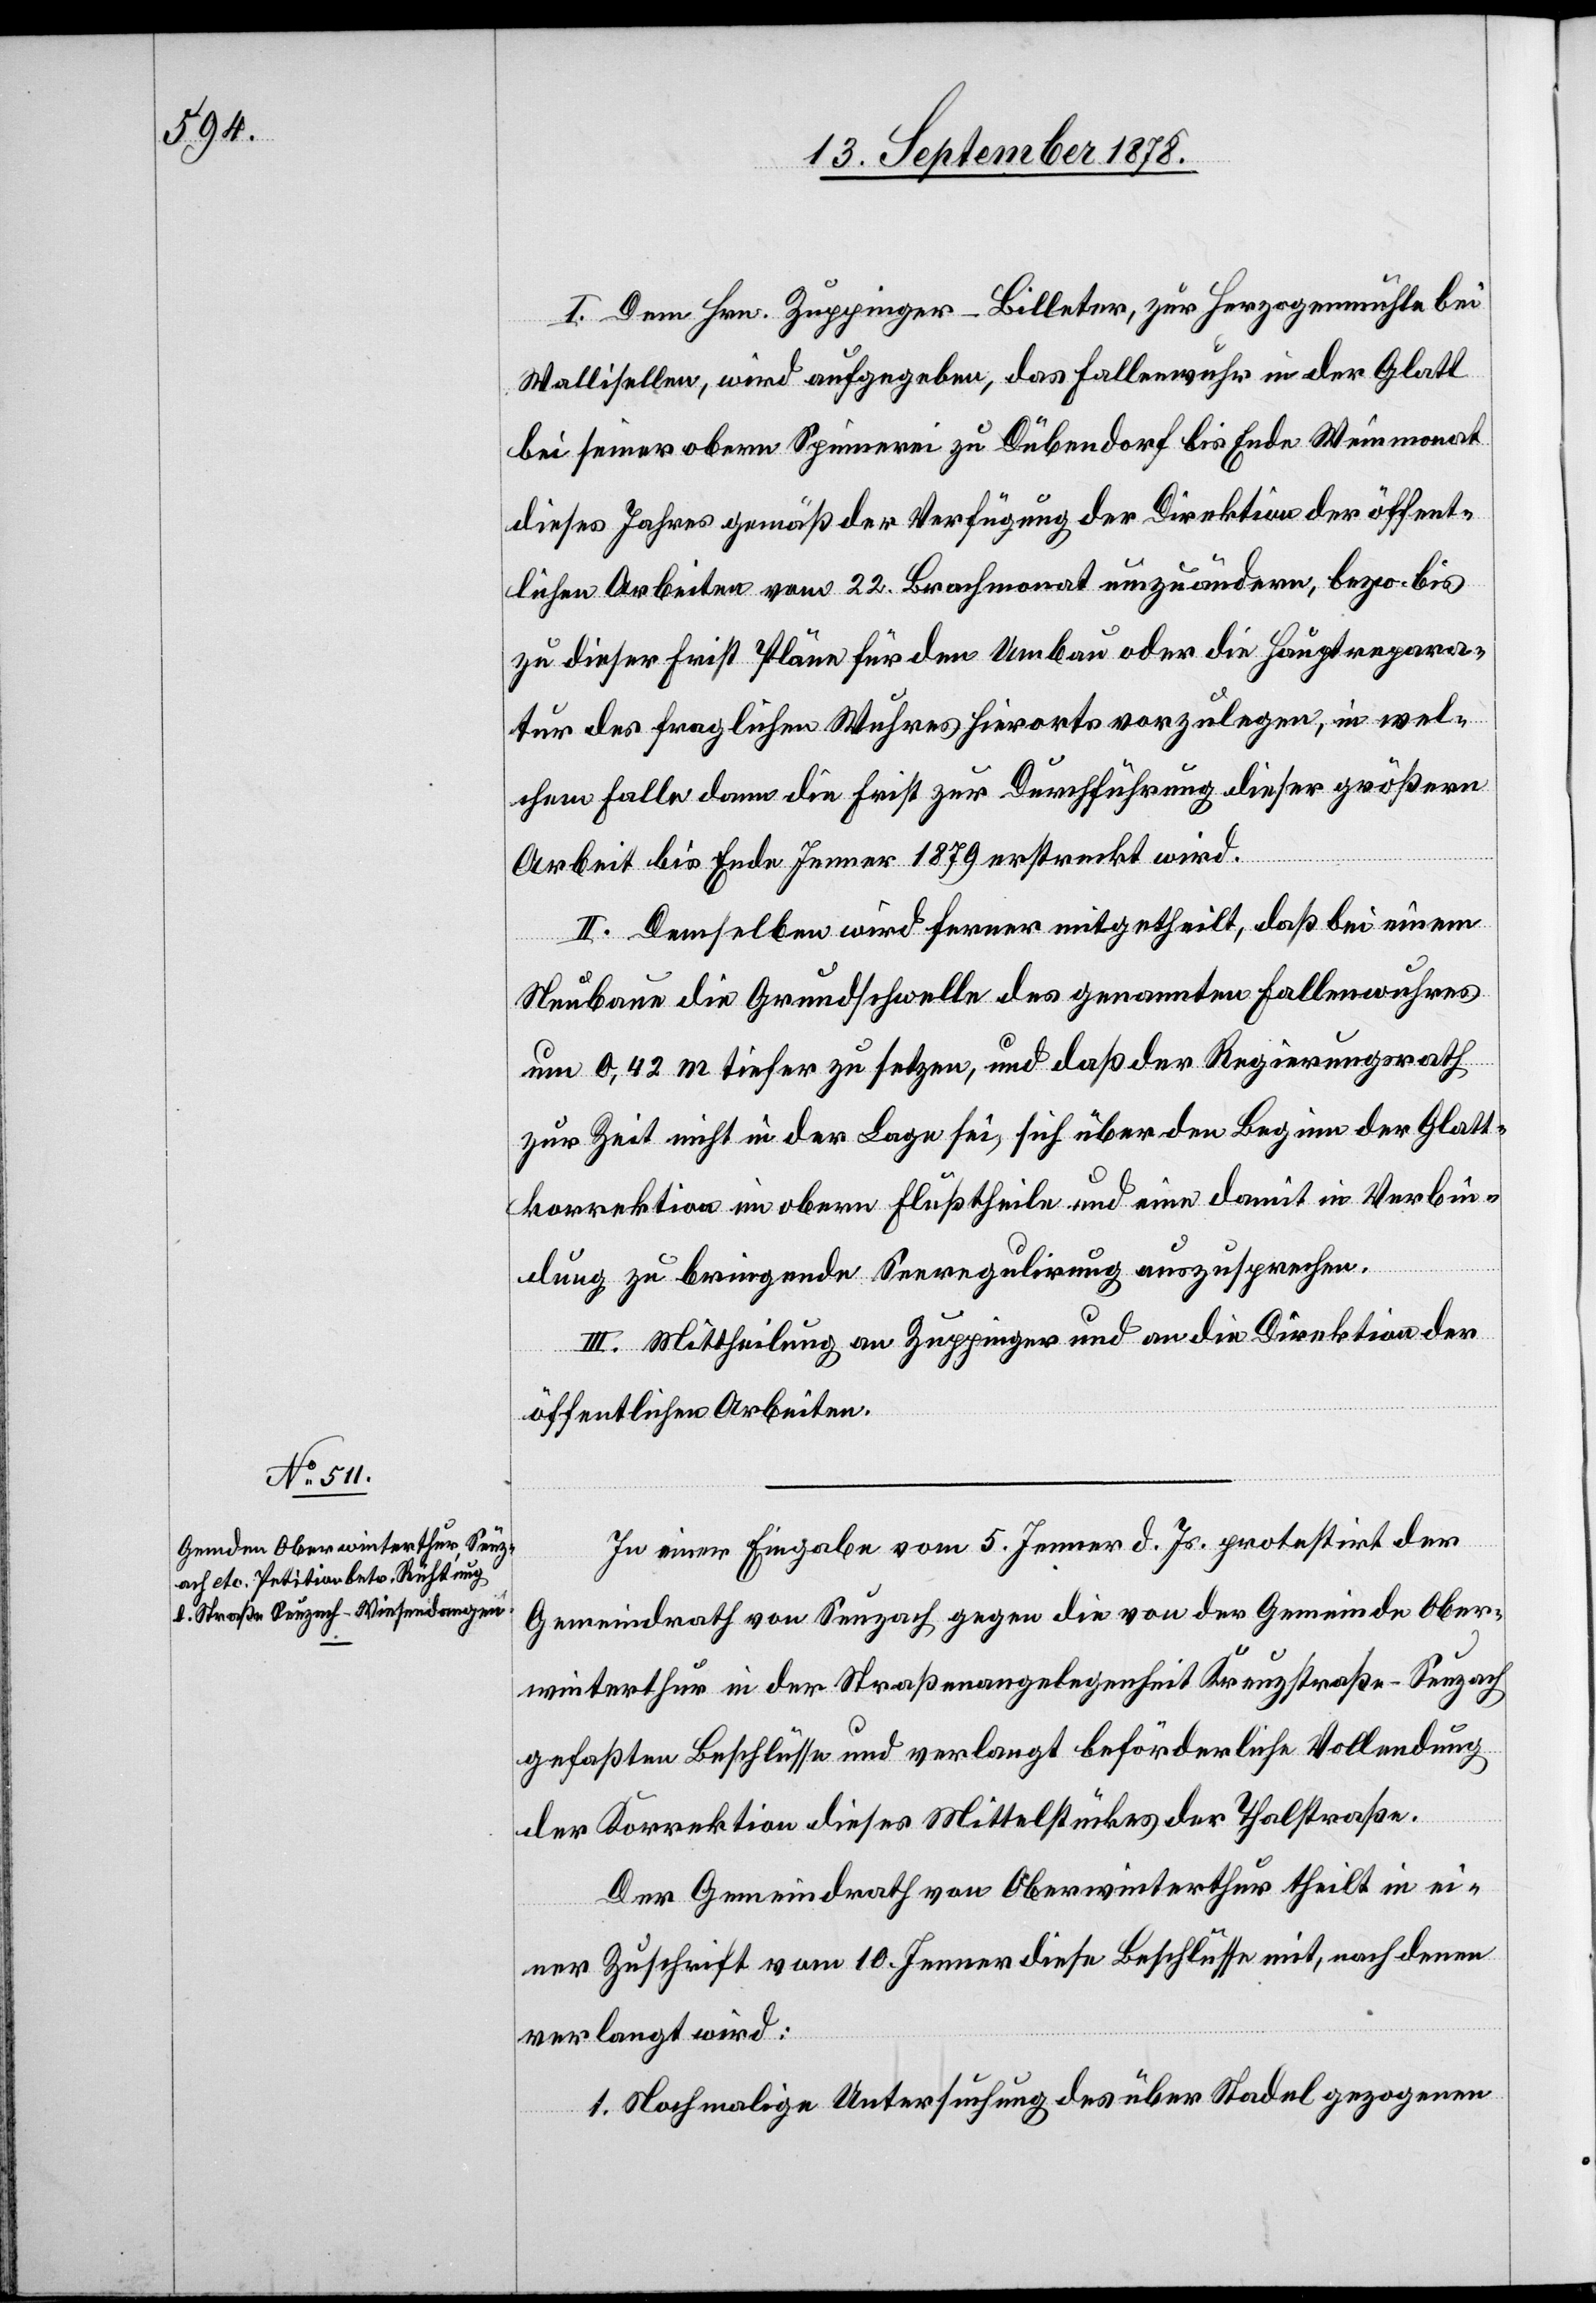
I. Dem Hrn. Zuppinger-Billeter, zur Herzogenmühle bei
Wallisellen, wird aufgegeben, das Fallenwuhr in der Glatt
bei seiner obern Spinnerei zu Dübendorf bis Ende Weinmonat
dieses Jahres gemäß der Verfügung der Direktion der öffent¬
lichen Arbeiten vom 22. Brachmonat umzuändern, bezw. bis
zu dieser Frist Pläne für den Umbau oder die Hauptrepara¬
tur des fraglichen Wuhres hierorts vorzulegen, in wel¬
chem Falle dann die Frist zur Durchführung dieser größern
Arbeit bis Ende Jenner 1879 erstreckt wird.
II. Demselben wird ferner mitgetheilt, daß bei einem
Neubau die Grundschwelle des genannten Fallenwuhres
um 0,42 m tiefer zu setzen, und daß der Regierungsrath
zur Zeit nicht in der Lage sei, sich über den Beginn der Glatt¬
korrektion im obern Flußtheile und eine damit in Verbin¬
dung zu bringende Seeregulirung auszusprechen.
III. Mittheilung an Zuppinger und an die Direktion der
öffentlichen Arbeiten.
In einer Eingabe vom 5. Jenner d. Js. protestirt der
Gemeindrath von Seuzach gegen die von der Gemeinde Ober¬
winterthur in der Straßenangelegenheit Kreuzstraße–Seuzach
gefaßten Beschlüsse und verlangt beförderliche Vollendung
der Korrektion dieses Mittelstückes der Thalstraße.
Der Gemeindrath von Oberwinterthur theilt in ei¬
ner Zuschrift vom 10. Jenner diese Beschlüsse mit, nach denen
verlangt wird:
1. Nochmalige Untersuchung des über Stadel gezogenen